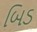
બિડ